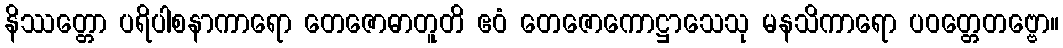
နိဿတ္တော ပရိပါစနာကာရော တေဇောဓာတူတိ ဧဝံ တေဇောကောဋ္ဌာသေသု မနသိကာရော ပဝတ္တေတဗ္ဗော။